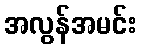
အလွန်အမင်း